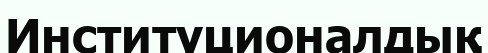
Институционалдық